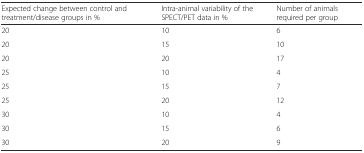
<table><thead><tr><td><b>Expected change between control and treatment/disease groups in %</b></td><td><b>Intra-animal variability of the SPECT/PET data in %</b></td><td><b>Number of animals required per group</b></td></tr></thead><tbody><tr><td>20</td><td>10</td><td>6</td></tr><tr><td>20</td><td>15</td><td>10</td></tr><tr><td>20</td><td>20</td><td>17</td></tr><tr><td>25</td><td>10</td><td>4</td></tr><tr><td>25</td><td>15</td><td>7</td></tr><tr><td>25</td><td>20</td><td>12</td></tr><tr><td>30</td><td>10</td><td>4</td></tr><tr><td>30</td><td>15</td><td>6</td></tr><tr><td>30</td><td>20</td><td>9</td></tr></tbody></table>